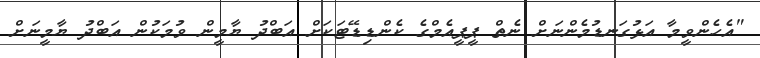
"އެހެންވީމާ އަޅުގަނޑުމެންނަށް ނެތް ޕީޕީއެމްގެ ކެންޑިޑޭޓަކަށް އަބްދު ޔާމީން ވުމަކުން އަބްދު ޔާމީނަށް